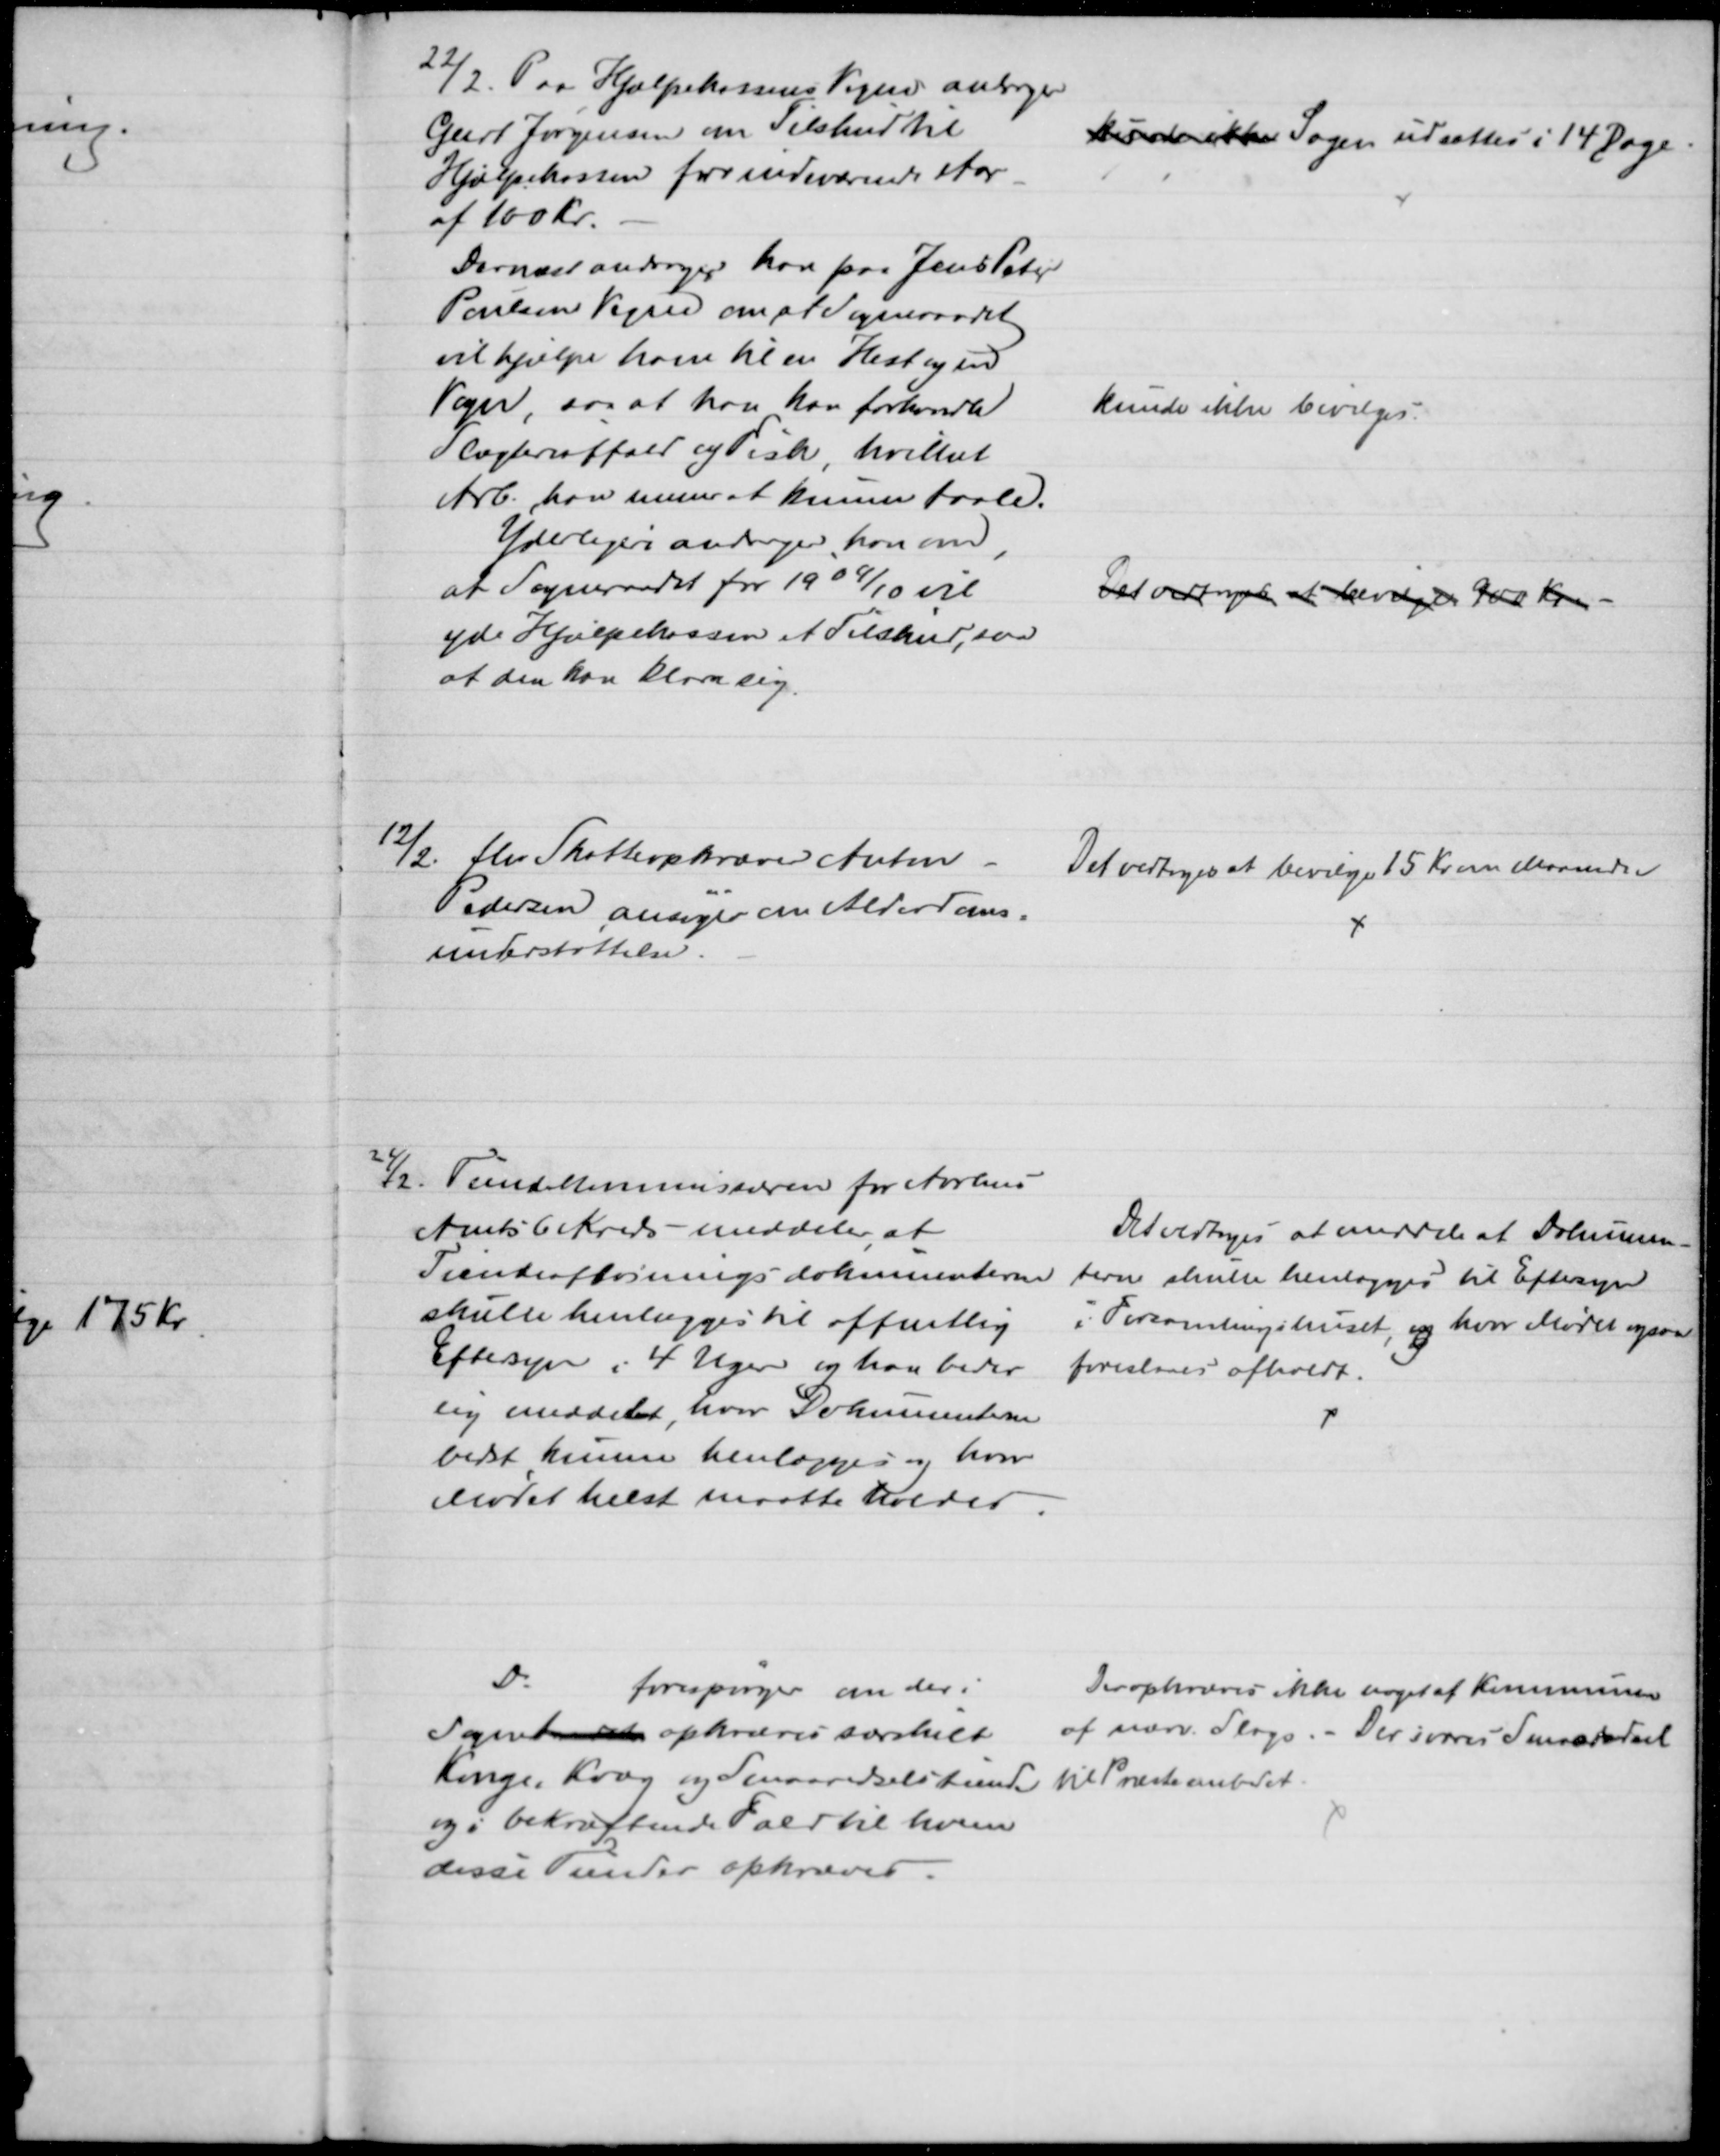
Transskription:
22/2. Paa Hjælpekassens Vegne andrager
Geert Jørgensen om Tilskud til
Hjælpekassen for indeværende Aar
af 100 Kr.
kunde ikke Sagen udsattes i 14 Dage
Dernæst andrager han paa Jens Peter
Poulsens Vegne om, at Sogneraadet
vil hjælpe ham til en Hest og en
Vogn, saa at han kan forhandle
Slagteriaffald og Fisk, hvilket
Arb. han mener at kunne taale.
kunde ikke bevilges.
Yderligere andrager han om,
at Sogneraadet for 1909/10 vil
yde Hjælpekassen et Tilskud, saa
at den kan klare sig.
Det vedtoges at bevilge 900 Kr.
12/2. fhv Skatteopkræver Anton
Pedersen ansøger om Alderdoms-
understøttelse.
Det vedtoges at bevilge 15 Kr. om Maaneden
24/2 Tiendekommissæren for Aarhus
Amts 6 Kreds - meddeler, at
Tiendeafløsnings-dokumenterne
skulle henlægges til offentlig
Eftersyn i 4 Uger og han beder
sig meddelt, hvor Dokumenterne
bedst kunne henlægges og hvor
Mødet helst maatte holdes.
Det vedtoges at meddele at Dokumen-
terne skulle henlægges til Eftersyn 
i Forsamlingshuset, og hvor Mødet ogsaa
foreslaaes afholdt.
Do
forespørger om der i
Sognet at opkræves særskilt
Konge, Kvæg og Smaaredselstiende
og i bekræftende Fald til hvem
disse Tiender opkræves.
Der opkræves ikke noget af Kommunen 
af nærv. Slags.- Der svares Smaaredsel
til Præsteembedet.